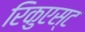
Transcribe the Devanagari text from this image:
रिकुएस्ट